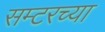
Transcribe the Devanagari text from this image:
सम्टरच्या